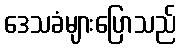
ဒေသခံများပြောသည်